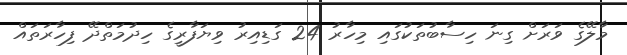
މާލޭގެ ވަރަށް ގިނަ ހިސާބުތަކުގައި މިހާރު 24 ގަޑިއިރު ވިޔަފާރީގެ ހިދުމަތްދޭ ފިހާރަތައް